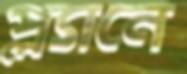
প্ল্যানে